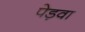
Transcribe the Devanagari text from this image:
पेड़वा